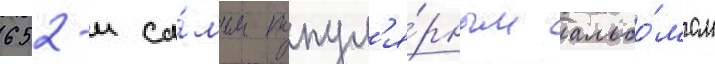
652-м са́мым попул'я́рным альбо́мом